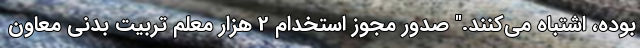
بوده، اشتباه می‌کنند." صدور مجوز استخدام 2 هزار معلم تربیت بدنی معاون